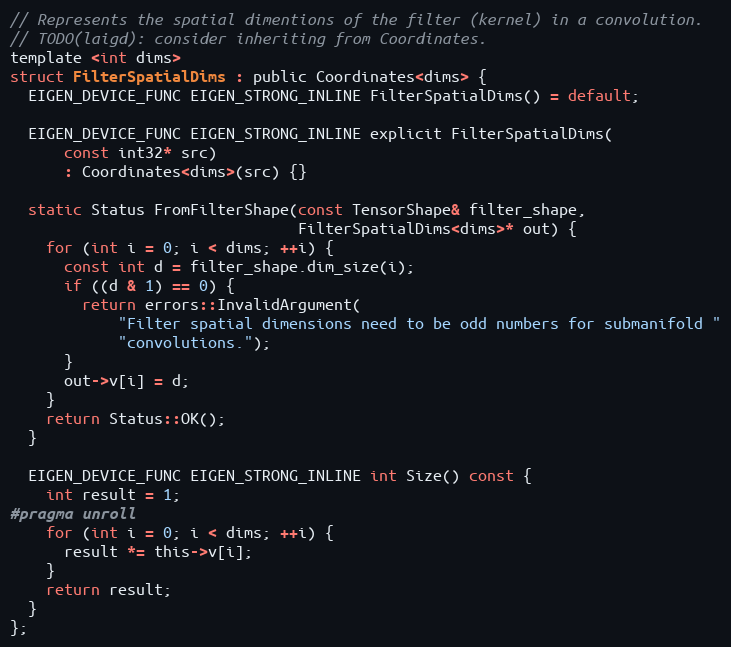
Language: C
// Represents the spatial dimentions of the filter (kernel) in a convolution.
// TODO(laigd): consider inheriting from Coordinates.
template <int dims>
struct FilterSpatialDims : public Coordinates<dims> {
  EIGEN_DEVICE_FUNC EIGEN_STRONG_INLINE FilterSpatialDims() = default;

  EIGEN_DEVICE_FUNC EIGEN_STRONG_INLINE explicit FilterSpatialDims(
      const int32* src)
      : Coordinates<dims>(src) {}

  static Status FromFilterShape(const TensorShape& filter_shape,
                                FilterSpatialDims<dims>* out) {
    for (int i = 0; i < dims; ++i) {
      const int d = filter_shape.dim_size(i);
      if ((d & 1) == 0) {
        return errors::InvalidArgument(
            "Filter spatial dimensions need to be odd numbers for submanifold "
            "convolutions.");
      }
      out->v[i] = d;
    }
    return Status::OK();
  }

  EIGEN_DEVICE_FUNC EIGEN_STRONG_INLINE int Size() const {
    int result = 1;
#pragma unroll
    for (int i = 0; i < dims; ++i) {
      result *= this->v[i];
    }
    return result;
  }
};